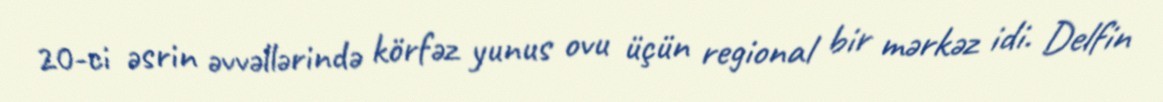
20-ci əsrin əvvəllərində körfəz yunus ovu üçün regional bir mərkəz idi. Delfin